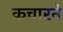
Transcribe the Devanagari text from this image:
कचारने